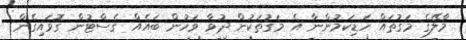
މާލޭގެ މަގުތައް ހަޑިކަމުންނާ އެ މަގުތަކުން ދުވާ ވަހުން ބައެއް ގެސްޓުން ގޮވައިގެން